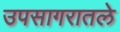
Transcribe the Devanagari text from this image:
उपसागरातले